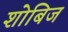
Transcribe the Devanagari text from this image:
शोबिज